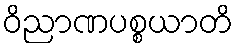
ဝိညာဏပစ္စယာတိ